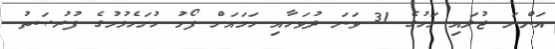
އަންނަ ޖުލައި މަހުގެ 31 ވަނަ ދުވަހާއި ހަމައަށް ފޯމު ހުށަހެޅުމުގެ ފުރުޞަތު